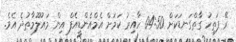
ރޭ ފަތިހު ގާތްގަނޑަކަށް 04:50 ހާއިރު ކަމަށް އެމްއެންޑީއެފް އިން މައުލޫމާތުދެ އެވެ.